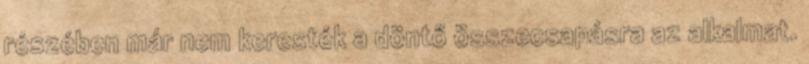
részében már nem keresték a döntő összecsapásra az alkalmat.